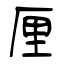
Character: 厘